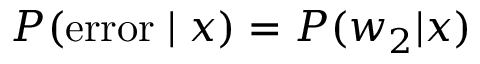
P ( { \mathrm { e r r o r } } \mid x ) = P ( w _ { 2 } | x )